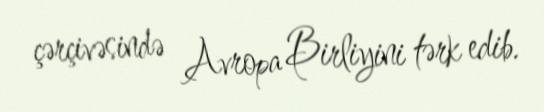
çərçivəsində Avropa Birliyini tərk edib.